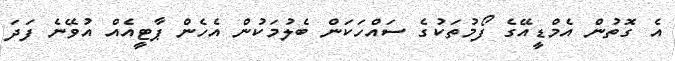
އެ ގޮތުން އެމްޑީއޭގެ ފޯމުތަކުގެ ސައްހަކަން ބެލުމަކުން އެހެން ޕާޓީއެއް އުވޭނެ ފަދަ